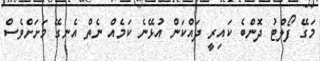
މަގޭ ފޯލްޓު ދޮންބެ ކައިރީ ދައްކަން އުޅޭނެ ކަމެއް ނެތް އެނގޭ މަށަށްވެސް